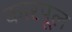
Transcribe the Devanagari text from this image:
कारपूल